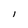
Character: l